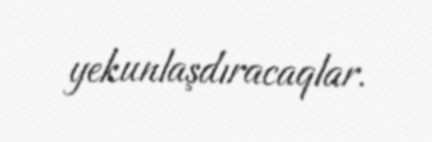
yekunlaşdıracaqlar.